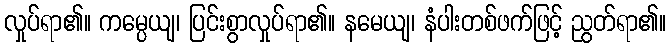
လှုပ်ရာ၏။ ကမ္ပေယျ၊ ပြင်းစွာလှုပ်ရာ၏။ နမေယျ၊ နံပါးတစ်ဖက်ဖြင့် ညွတ်ရာ၏။